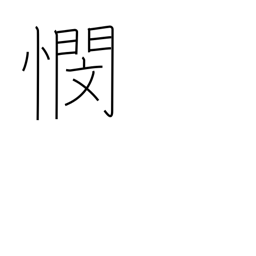
Meaning: anxiety